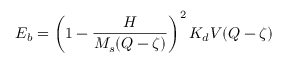
E _ { b } = \left( 1 - \frac { H } { M _ { s } ( Q - \zeta ) } \right) ^ { 2 } K _ { d } V ( Q - \zeta )